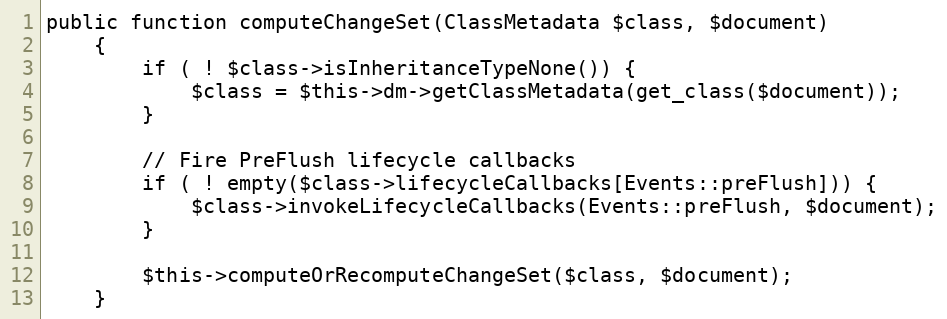
Language: PHP
public function computeChangeSet(ClassMetadata $class, $document)
    {
        if ( ! $class->isInheritanceTypeNone()) {
            $class = $this->dm->getClassMetadata(get_class($document));
        }

        // Fire PreFlush lifecycle callbacks
        if ( ! empty($class->lifecycleCallbacks[Events::preFlush])) {
            $class->invokeLifecycleCallbacks(Events::preFlush, $document);
        }

        $this->computeOrRecomputeChangeSet($class, $document);
    }